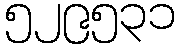
၅၂၉၅၃၁